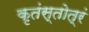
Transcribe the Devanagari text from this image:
कृतंस्तोत्रं